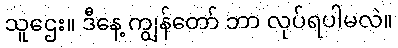
သူဌေး။ ဒီနေ့ ကျွန်တော် ဘာ လုပ်ရပါမလဲ။